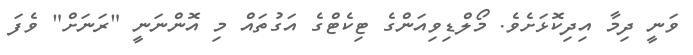
ވަނީ ދިމާ އިދިކޮޅަށެވެ. މޯލްޑިވިއަންގެ ޓިކެޓްގެ އަގުތައް މި އޮންނަނީ "ރަނަށް" ވެފަ